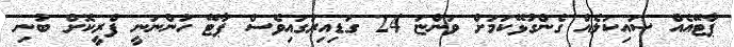
ޕާޓޭއެއް ސައިކަލެއް ގެންގުޅޭކަމަށް ވަންޏަ 24 ގަޑިއިރުގައިވެސް ޕާޓޭ ހުންނަނީ ފްރީކޮށް ބުނި